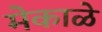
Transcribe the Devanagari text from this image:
मेकाळे